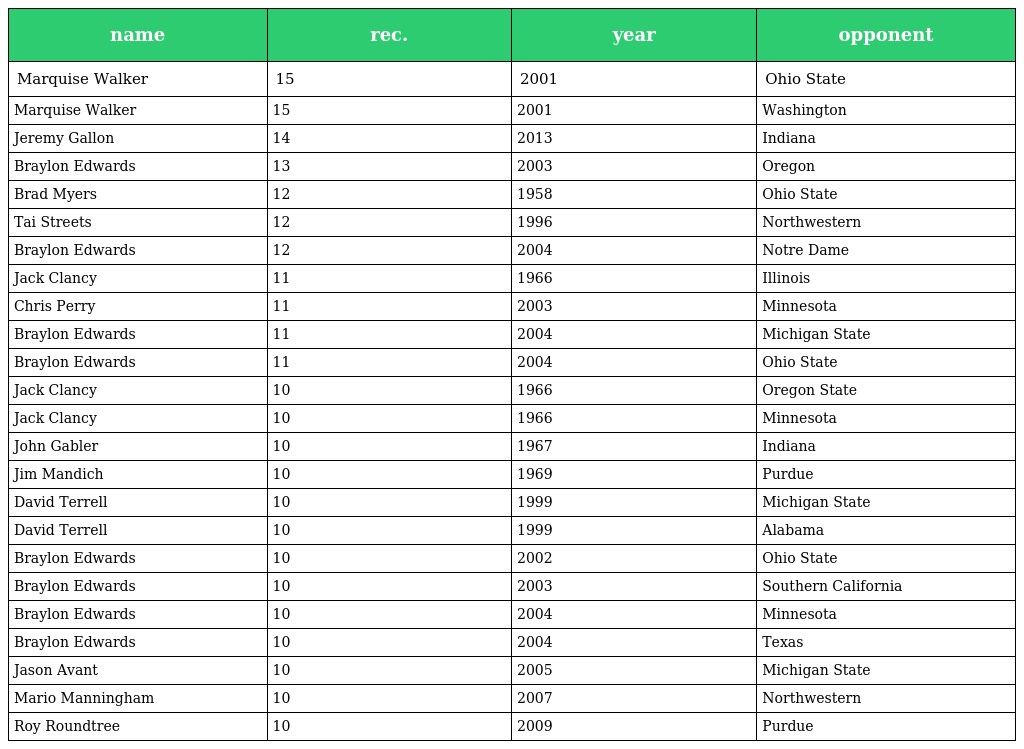
| name | rec. | year | opponent |
 | --- | --- | --- | --- |
 | Marquise Walker | 15 | 2001 | Ohio State |
 | Marquise Walker | 15 | 2001 | Washington |
 | Jeremy Gallon | 14 | 2013 | Indiana |
 | Braylon Edwards | 13 | 2003 | Oregon |
 | Brad Myers | 12 | 1958 | Ohio State |
 | Tai Streets | 12 | 1996 | Northwestern |
 | Braylon Edwards | 12 | 2004 | Notre Dame |
 | Jack Clancy | 11 | 1966 | Illinois |
 | Chris Perry | 11 | 2003 | Minnesota |
 | Braylon Edwards | 11 | 2004 | Michigan State |
 | Braylon Edwards | 11 | 2004 | Ohio State |
 | Jack Clancy | 10 | 1966 | Oregon State |
 | Jack Clancy | 10 | 1966 | Minnesota |
 | John Gabler | 10 | 1967 | Indiana |
 | Jim Mandich | 10 | 1969 | Purdue |
 | David Terrell | 10 | 1999 | Michigan State |
 | David Terrell | 10 | 1999 | Alabama |
 | Braylon Edwards | 10 | 2002 | Ohio State |
 | Braylon Edwards | 10 | 2003 | Southern California |
 | Braylon Edwards | 10 | 2004 | Minnesota |
 | Braylon Edwards | 10 | 2004 | Texas |
 | Jason Avant | 10 | 2005 | Michigan State |
 | Mario Manningham | 10 | 2007 | Northwestern |
 | Roy Roundtree | 10 | 2009 | Purdue |